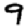
Digit: 9